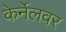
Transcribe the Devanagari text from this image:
केर्नेलवर